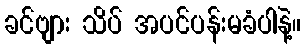
ခင်ဗျား သိပ် အပင်ပန်းမခံပါနဲ့။